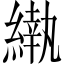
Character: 𬗵